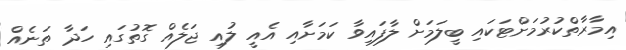
އިމާރާތްކުރުމަށްޓަކައި ބީލަމަށް ލާފައިވާ ކަމަށާއި އެއީ ލުއި ޖަލެއް ގޮތުގައި ހަދާ ތަނެއް